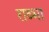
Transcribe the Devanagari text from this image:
राब्भा